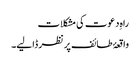
راہِ دعوت کی مشکلات
واقعۂ طائف پر نظر ڈالیے۔